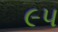
૯પ